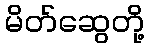
မိတ်ဆွေတို့